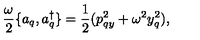
\frac { \omega } { 2 } \{ a _ { q } , a _ { q } ^ { \dagger } \} = \frac { 1 } { 2 } ( p _ { q y } ^ { 2 } + \omega ^ { 2 } y _ { q } ^ { 2 } ) ,